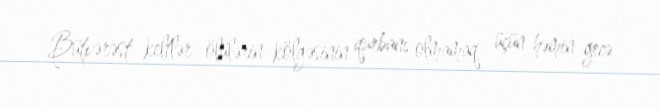
Bütpərəst keltlər ölülərin kölgəsinin qurbanı olmamaq üçün həmin gecə